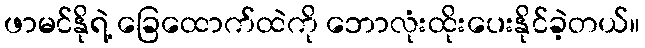
ဖာမင်နိုရဲ့ ခြေထောက်ထဲကို ဘောလုံးထိုးပေးနိုင်ခဲ့တယ်။